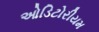
ઓડિટોરીયમ